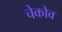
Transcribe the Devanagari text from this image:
चेकोव